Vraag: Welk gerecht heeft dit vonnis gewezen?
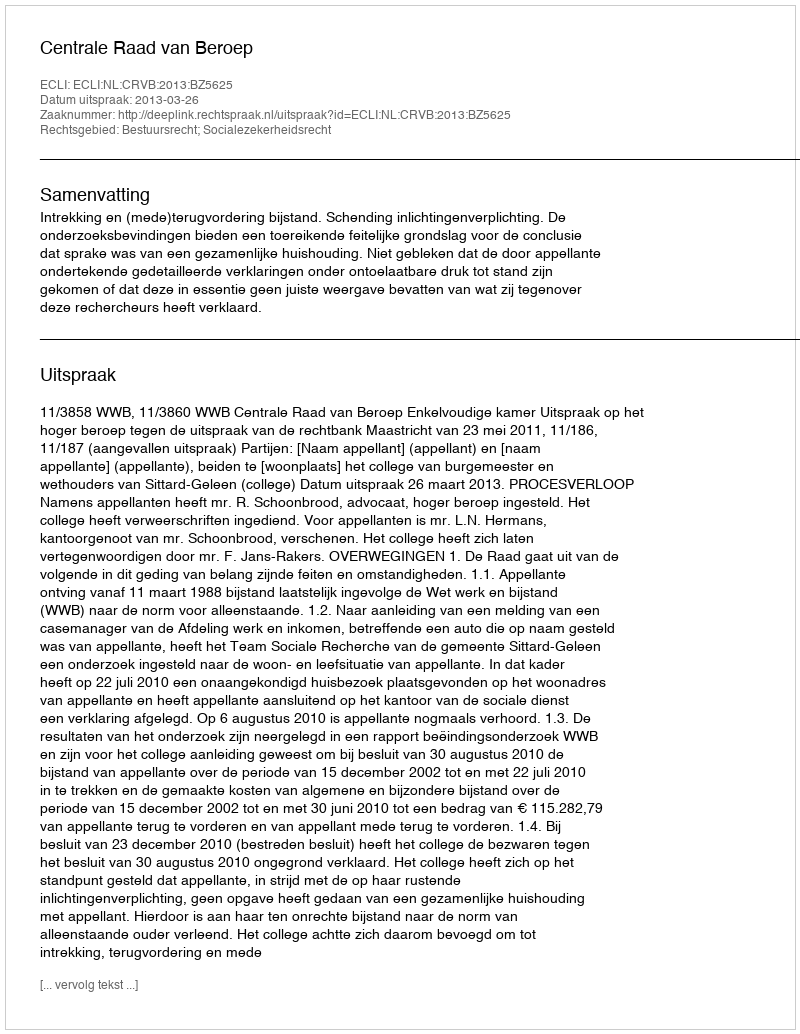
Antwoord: Centrale Raad van Beroep